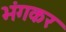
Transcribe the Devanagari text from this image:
भंगकर